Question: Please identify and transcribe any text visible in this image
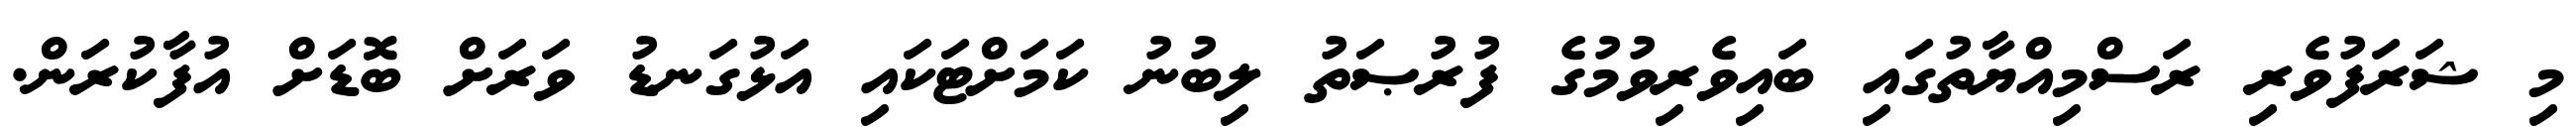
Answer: މި ޝަރަފުވެރި ރަސްމިއްޔާތުގައި ބައިވެރިވުމުގެ ފުރުޞަތު ލިބުނު ކަމަށްޓަކައި އަޅުގަނޑު ވަރަށް ބޮޑަށް އުފާކުރަން.